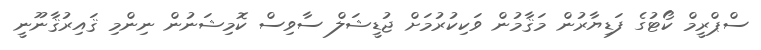
ސްޕްރީމް ކޯޓުގެ ފަޑިޔާރުން މަޤާމުން ވަކިކުރުމަށް ޖުޑީޝަލް ސާވިސް ކޮމިޝަނުން ނިންމި ޤައިރުޤާނޫނީ